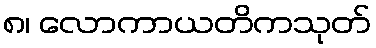
၈၊ လောကာယတိကသုတ်